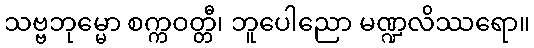
သဗ္ဗဘုမ္မော စက္ကဝတ္တီ၊ ဘူပေါညော မဏ္ဍလိဿရော။